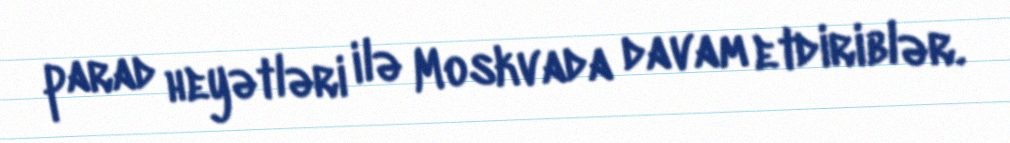
parad heyətləri ilə Moskvada davam etdiriblər.